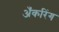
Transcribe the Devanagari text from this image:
अँकरिंग